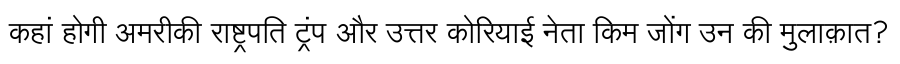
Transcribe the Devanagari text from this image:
कहां होगी अमरीकी राष्ट्रपति ट्रंप और उत्तर कोरियाई नेता किम जोंग उन की मुलाक़ात?